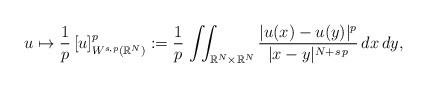
\begin{align*}u\mapsto \frac{1}{p}\,[u]_{W^{s,p}(\mathbb{R}^N)}^p:=\frac{1}{p}\,\iint_{\mathbb{R}^N\times\mathbb{R}^N} \frac{|u(x)-u(y)|^p}{|x-y|^{N+s\,p}}\,dx\,dy,\end{align*}